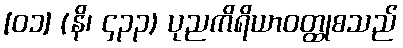
[၀၁] (နိ၊ ၄၃၃) ပုညကိရိယာဝတ္ထုစသည်